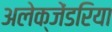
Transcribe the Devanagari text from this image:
अलेक्जेंडरिया